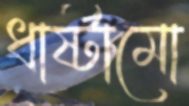
ধার্ষ্টামো